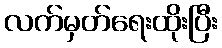
လက်မှတ်ရေးထိုးပြီး